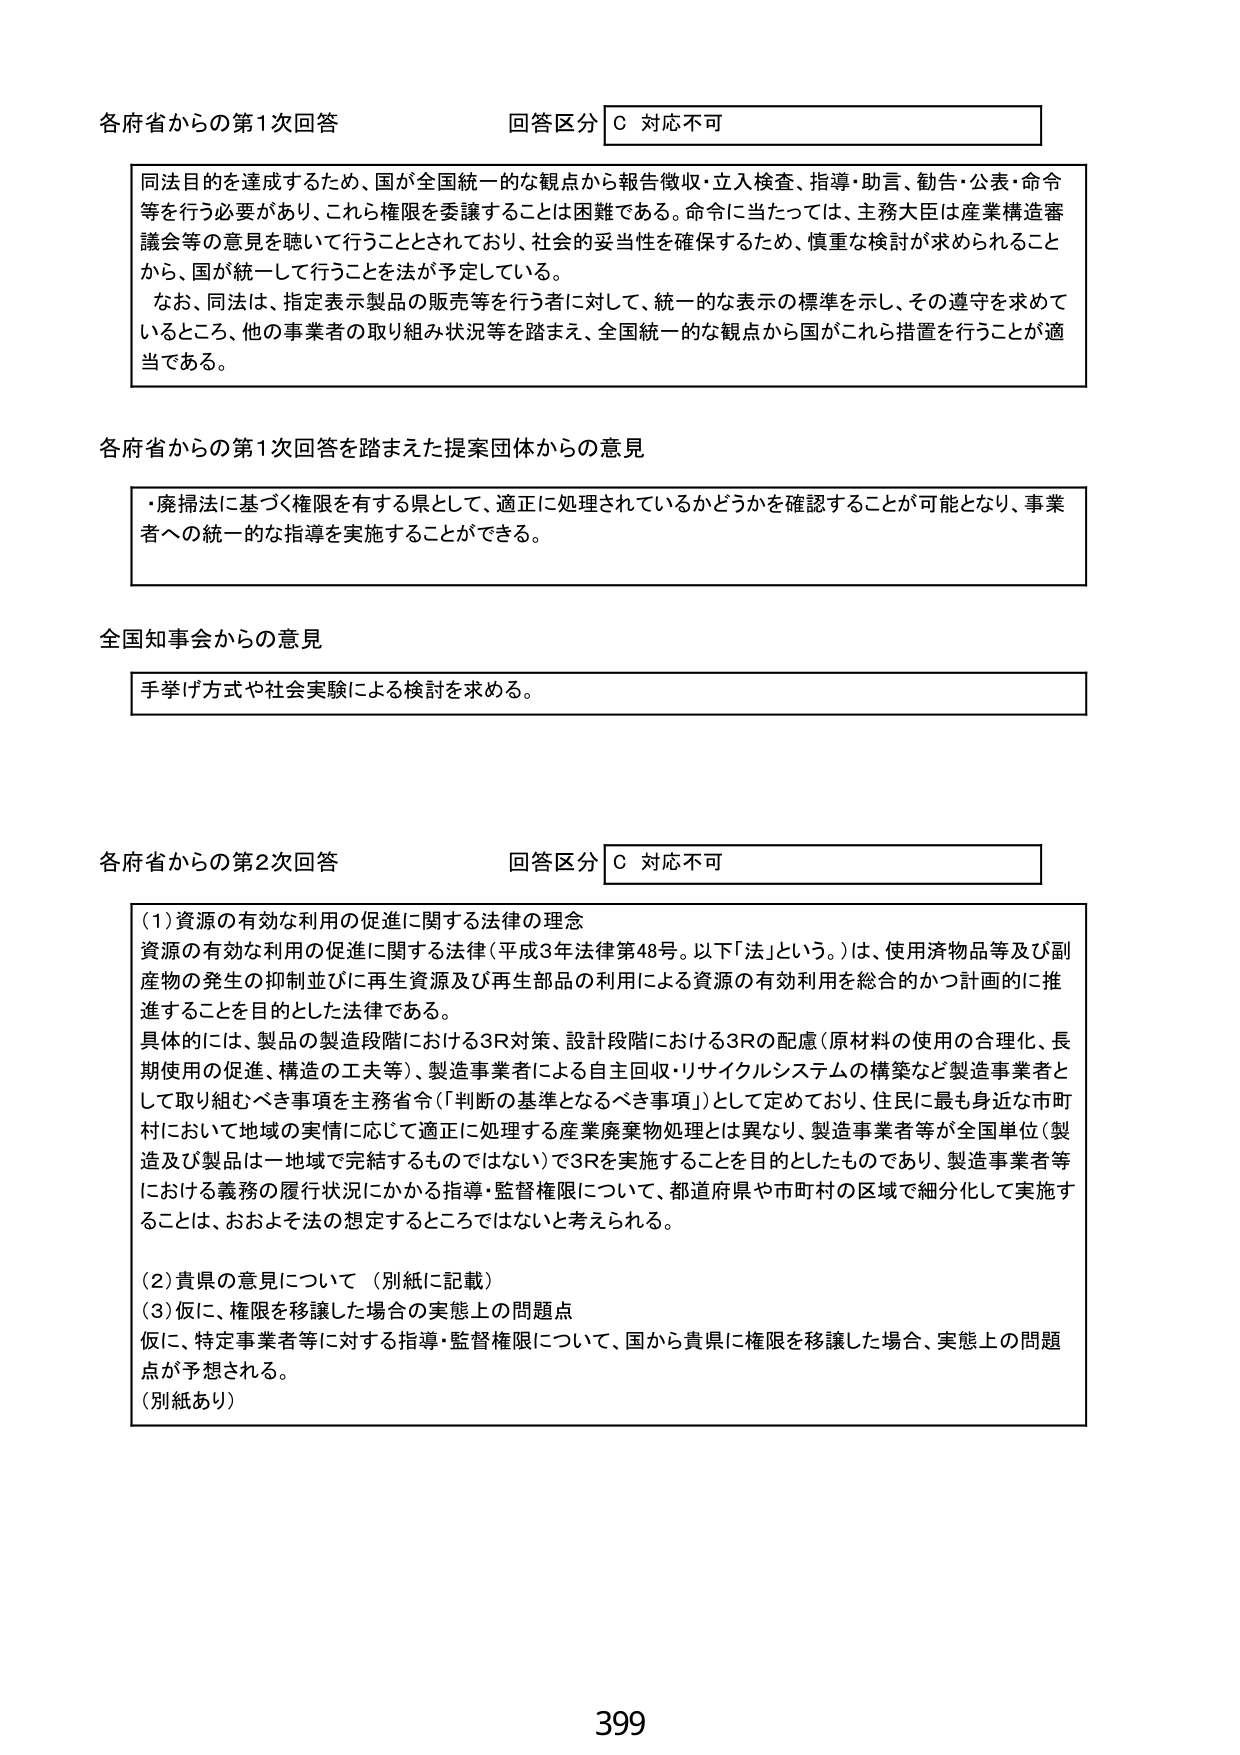
各府省からの第1次回答 回答区分 C 対応不可

同法目的を達成するため、国が全国統一的な観点から報告徴収・立入検査、指導・助言、勧告・公表・命令等を行う必要があり、これら権限を委譲することは困難である。命令に当たっては、主務大臣は産業構造審議会等の意見を聴いて行うこととされており、社会的妥当性を確保するため、慎重な検討が求められることから、国が統一して行うことを法が予定している。

なお、同法は、指定表示製品の販売等を行う者に対して、統一的な表示の標準を示し、その遵守を求めて いるところ、他の事業者の取り組み状況等を踏まえ、全国統一的な観点から国がこれら措置を行うことが適当である。

各府省からの第1次回答を踏まえた提案団体からの意見

・廃掃法に基づく権限を有する県として、適正に処理されているかどうかを確認することが可能となり、事業者への統一的な指導を実施することができる。

全国知事会からの意見

手挙げ方式や社会実験による検討を求める。

各府省からの第2次回答 回答区分 C 対応不可

(1)資源の有効な利用の促進に関する法律の理念
資源の有効な利用の促進に関する法律（平成3年法律第48号。以下「法」という。）は、使用済物品等及び副産物の発生の抑制並びに再生資源及び再生部品の利用による資源の有効利用を総合的かつ計画的に推進することを目的とした法律である。
具体的には、製品の製造段階における3R対策、設計段階における3Rの配慮（原材料の使用の合理化、長期使用の促進、構造の工夫等）、製造事業者による自主回収・リサイクルシステムの構築など製造事業者として取り組むべき事項を主務省令（「判断の基準となるべき事項」）として定めており、住民に最も身近な市町村において地域の実情に応じて適正に処理する産業廃棄物処理とは異なり、製造事業者等が全国単位（製造及び製品は一地域で完結するものではない）で3Rを実施することを目的としたものであり、製造事業者等における義務の履行状況にかかる指導・監督権限について、都道府県や市町村の区域で細分化して実施することは、おおよそ法の想定するところではないと考えられる。

(2)貴県の意見について（別紙に記載）
(3)仮に、権限を移譲した場合の実態上の問題点
仮に、特定事業者等に対する指導・監督権限について、国から貴県に権限を移譲した場合、実態上の問題点が予想される。
（別紙あり）

399